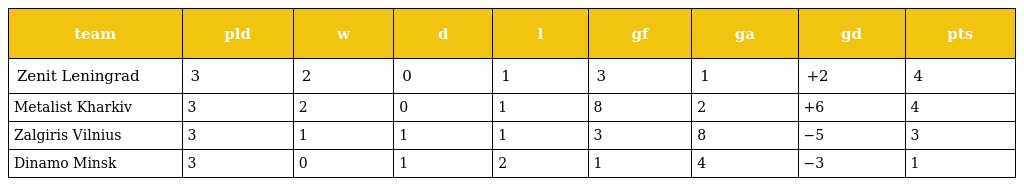
| team | pld | w | d | l | gf | ga | gd | pts |
 | --- | --- | --- | --- | --- | --- | --- | --- | --- |
 | Zenit Leningrad | 3 | 2 | 0 | 1 | 3 | 1 | +2 | 4 |
 | Metalist Kharkiv | 3 | 2 | 0 | 1 | 8 | 2 | +6 | 4 |
 | Zalgiris Vilnius | 3 | 1 | 1 | 1 | 3 | 8 | −5 | 3 |
 | Dinamo Minsk | 3 | 0 | 1 | 2 | 1 | 4 | −3 | 1 |